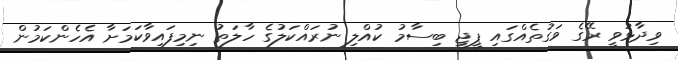
ވިދާޅުވީ ރޭގެ ވަގުތެއްގައި ޕީޖީ ބިސާމު ކުއްލި ނުރައްކަލުގެ ހާލަތު ނިމިފައިވާކަމަށާ އެހެންކަމުން